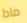
مادا